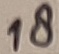
Text: 18